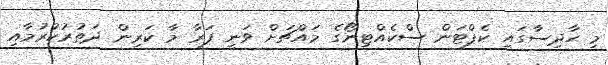
މި ހާދިސާގައި ކެޕްޓަން ސްކެއްޓިނޯގެ މައްޗަށް ވަނީ ފަރާ މާ ކަރިން ދަތުރުކުރުމާއި